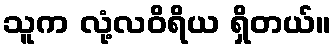
သူက လုံ့လဝိရိယ ရှိတယ်။